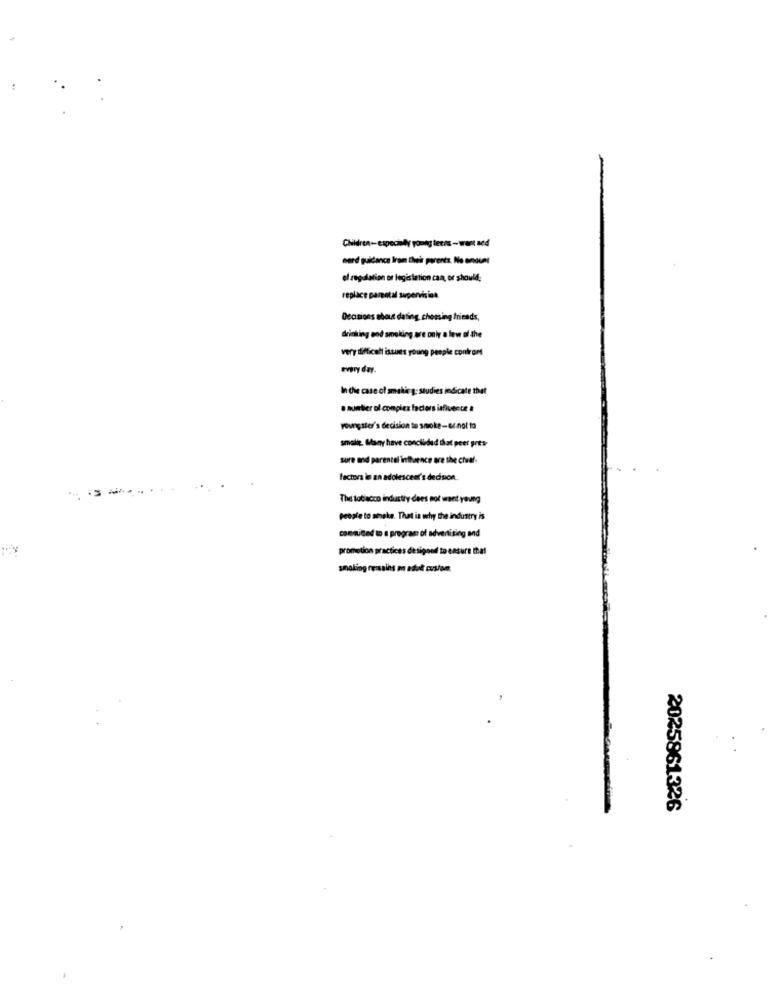
Children -- especially young teens- wert sed
nerd guidance Iram their parents. No awound
el regalation or legislation can, or should;
replace parental supervision
Decisions about dating, chomsing friends,
drinking and smoking are only a few of the
very difficult issues young people confront
every day.
In die case of smoking: studies indicate that
· aumbier ol complex factors influence #
youngster's decision to smoke-or not to
smalle. Many have concluded that peer gres-
sure ad parental inthornce are the chief-
factors in an adolescent's decision.
The totlacco industry dees not want young
People to amake. That is why the industry is
commited to s program of advertising and
promotion practices designed to ensure that
smoking remains an adult custom
2025861326